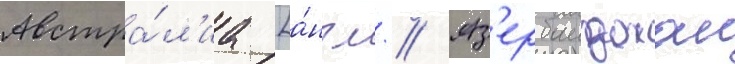
Австра́л'иа [а́нгл. // Аз'ербаиджан